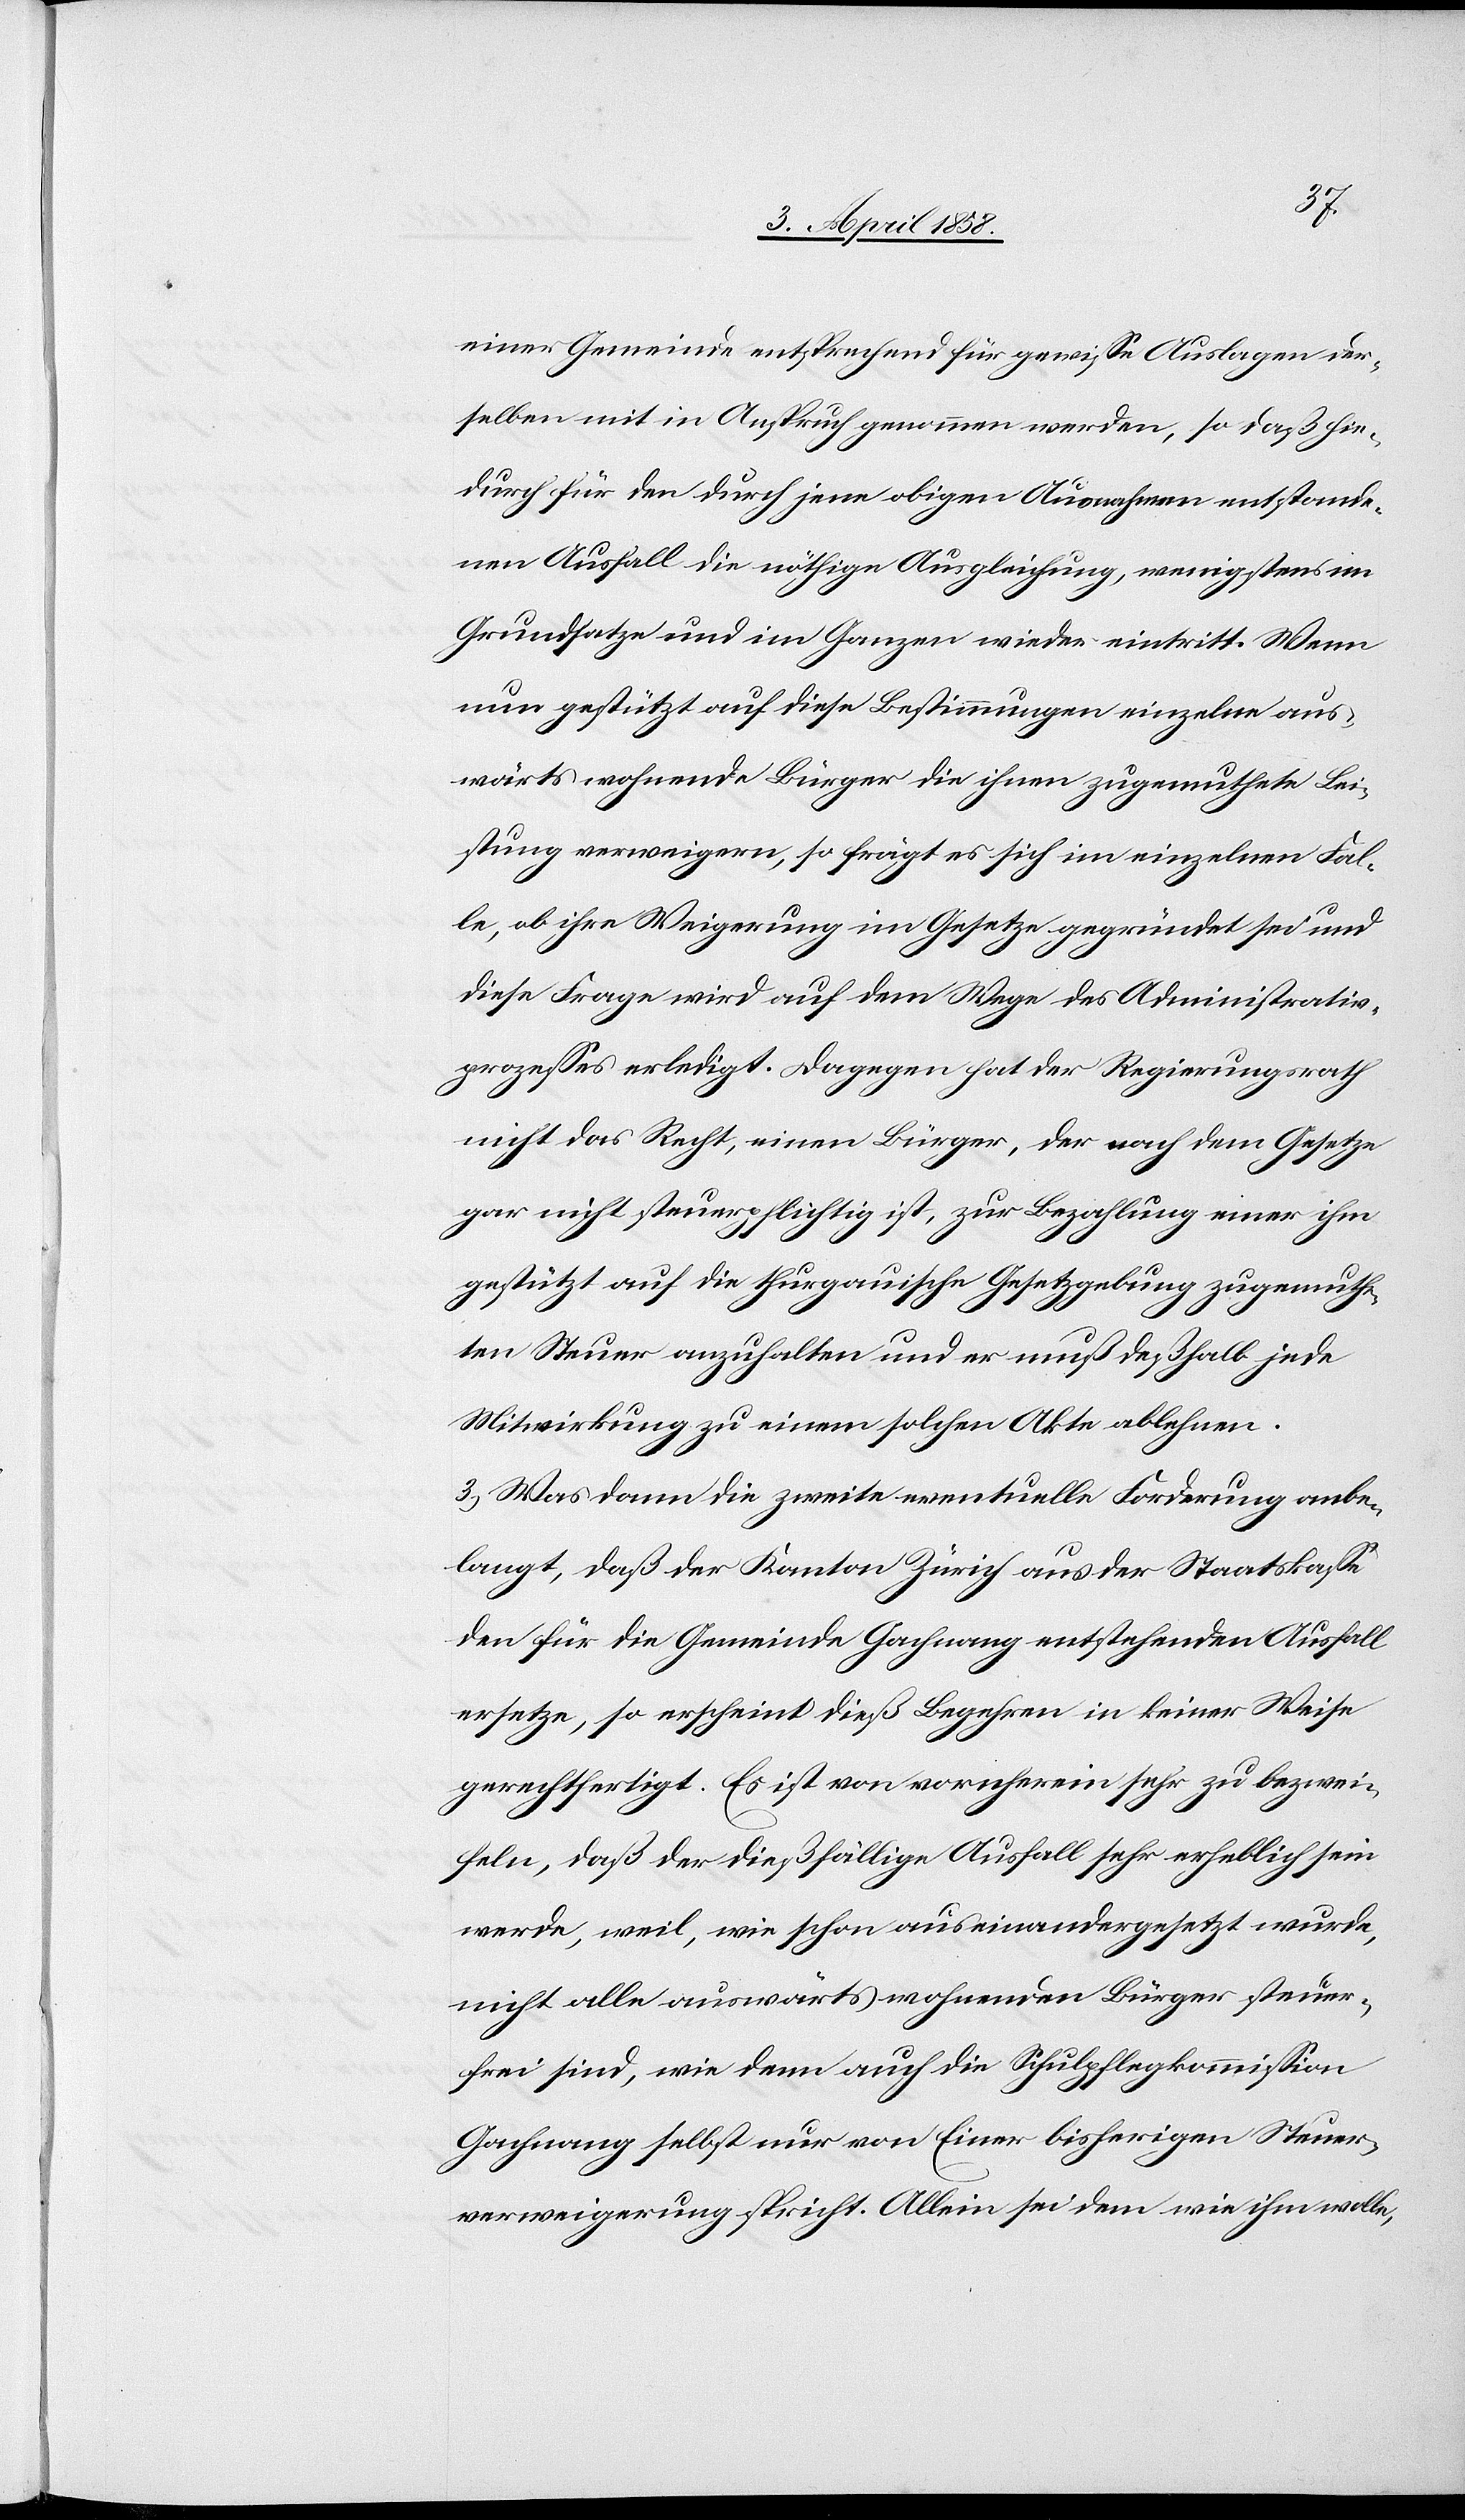
einer Gemeinde entsprechend für gewisse Auslagen der¬
selben mit in Anspruch genommen werden, so daß hie¬
durch für den durch jene obigen Ausnahmen entstande¬
nen Ausfall die nöthige Ausgleichung, wenigstens im
Grundsatze und im Ganzen wieder eintritt. Wenn
nun gestützt auf diese Bestimmungen einzelne aus¬
wärts wohnende Bürger die ihnen zugemuthete Lei¬
stung verweigern, so frägt es sich im einzelnen Fal¬
le, ob ihre Weigerung im Gesetze gegründet sei und
diese Frage wird auf dem Wege des Administrativ¬
prozesses erledigt. Dagegen hat der Regierungsrath
nicht das Recht, einen Bürger, der nach dem Gesetze
gar nicht steuerpflichtig ist, zur Bezahlung einer ihm
gestützt auf die thurgauische Gesetzgebung zugemuthe¬
ten Steuer anzuhalten und er muß deßhalb jede
Mitwirkung zu einem solchen Akte ablehnen.
3. Was dann die zweite eventuelle Forderung anbe¬
langt, daß der Kanton Zürich aus der Staatskasse
den für die Gemeinde Gachnang entstehenden Ausfall
ersetze, so erscheint dieß Begehren in keiner Weise
gerechtfertigt. Es ist von vorneherein sehr zu bezwei¬
feln, daß der dießfällige Ausfall sehr erheblich sein
werde, weil, wie schon auseinandergesetzt wurde,
nicht alle auswärts wohnenden Bürger steuer¬
frei sind, wie denn auch die Schulpflegkommission
Gachnang selbst nur von Einer bisherigen Steuer¬
verweigerung spricht. Allein sei dem wie ihm wolle,